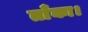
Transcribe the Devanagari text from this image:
ताँका।